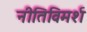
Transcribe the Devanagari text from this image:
नीतिविमर्श